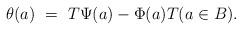
LaTeX: \begin{align*}\theta(a)\ =\ T\Psi(a) - \Phi(a)T (a\in B).\end{align*}